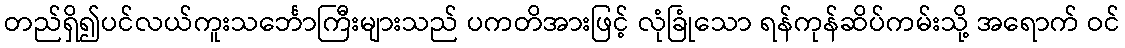
တည်ရှိ၍ပင်လယ်ကူးသင်္ဘောကြီးများသည် ပကတိအားဖြင့် လုံခြုံသော ရန်ကုန်ဆိပ်ကမ်းသို့ အရောက် ဝင်